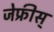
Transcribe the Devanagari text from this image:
जेफ्रीस्